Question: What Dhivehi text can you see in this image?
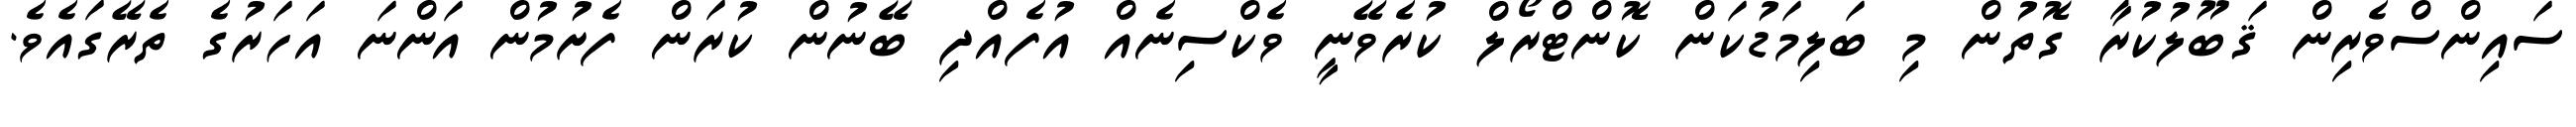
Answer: ސައިންސްވެރިން ޤަބޫލުކުރާ ގޮތުން މި ބަލިމަޑުކަން ކޮންޓްރޯލް ކުރެވޭނީ ވެކްސިނެއް އުފެއްދި ބޭނުން ކުރަން ފެށުމުން އަންނަ އަހަރުގެ ތެރޭގައެވެ.